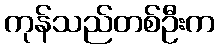
ကုန်သည်တစ်ဦးက